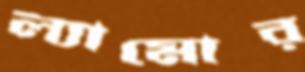
ল্যামোর